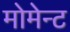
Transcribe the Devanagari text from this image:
मोमेन्ट